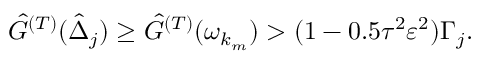
\hat { G } ^ { ( T ) } ( \hat { \Delta } _ { j } ) \geq \hat { G } ^ { ( T ) } ( \omega _ { k _ { m } } ) > ( 1 - 0 . 5 \tau ^ { 2 } \varepsilon ^ { 2 } ) \Gamma _ { j } .